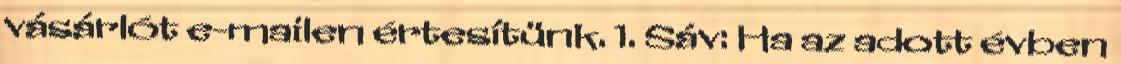
vásárlót e-mailen értesítünk. 1. Sáv: Ha az adott évben